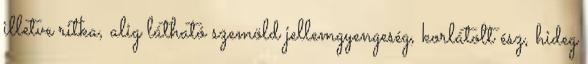
illetve ritka, alig látható szemöld jellemgyengeség, korlátolt ész, hideg